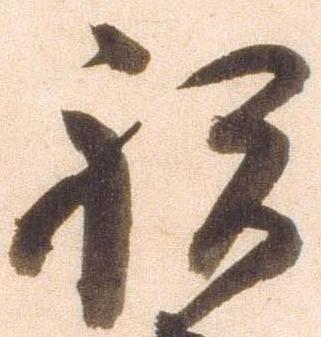
祝